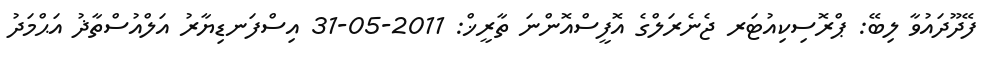
ފޭދޫދައުވާ ލިބޭ: ޕްރޮސިކިއުޓަރ ޖެނެރަލްގެ އޮފީސްއޮންނަ ތާރީޚް: 2011-05-31 އިސްފަނޑިޔާރު އަލްއުސްތާޛު އަޙްމަދު